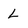
Character: L